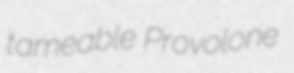
tameable Provolone